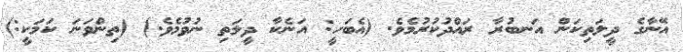
އޭނާގެ ދީލަތިކަން އަނބުރާ ރައްދުކުރުމެވެ. (އެބަހީ: އަނެކާ ދީލަތި ނުވުމެވެ.) (ތިންވަނަ ކަމަކީ:)